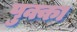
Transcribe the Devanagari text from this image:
पुक्का